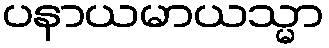
ပနာယမာယသ္မာ